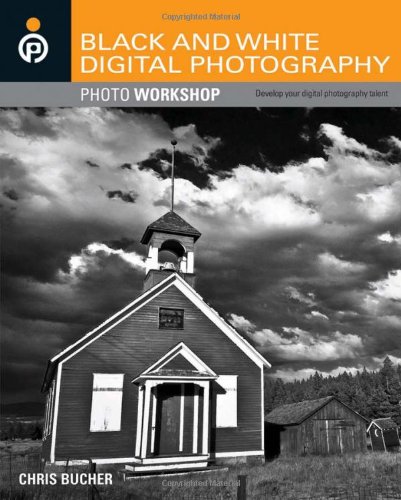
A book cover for Black and White Digital Photography Photo Workshop; Chris Bucher; Arts & Photography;